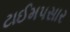
ટાઈમપસાર